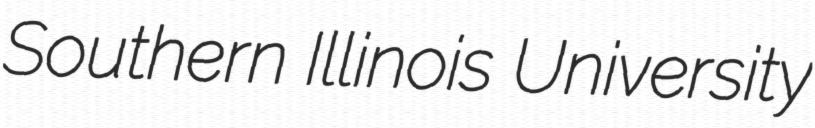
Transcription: Southern Illinois University